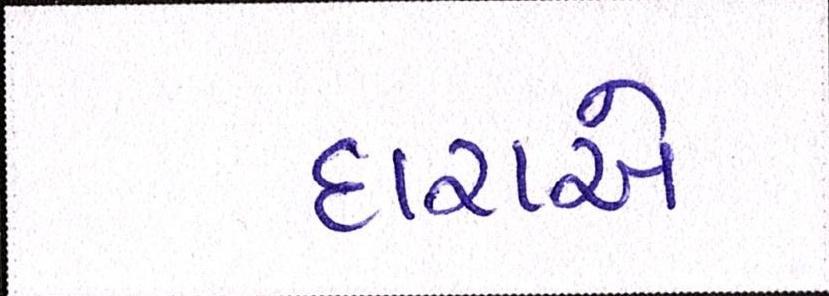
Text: દારાએ